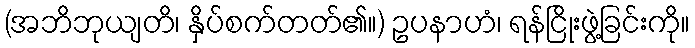
(အဘိဘုယျတိ၊ နှိပ်စက်တတ်၏။) ဥပနာဟံ၊ ရန်ငြိုးဖွဲ့ခြင်းကို။